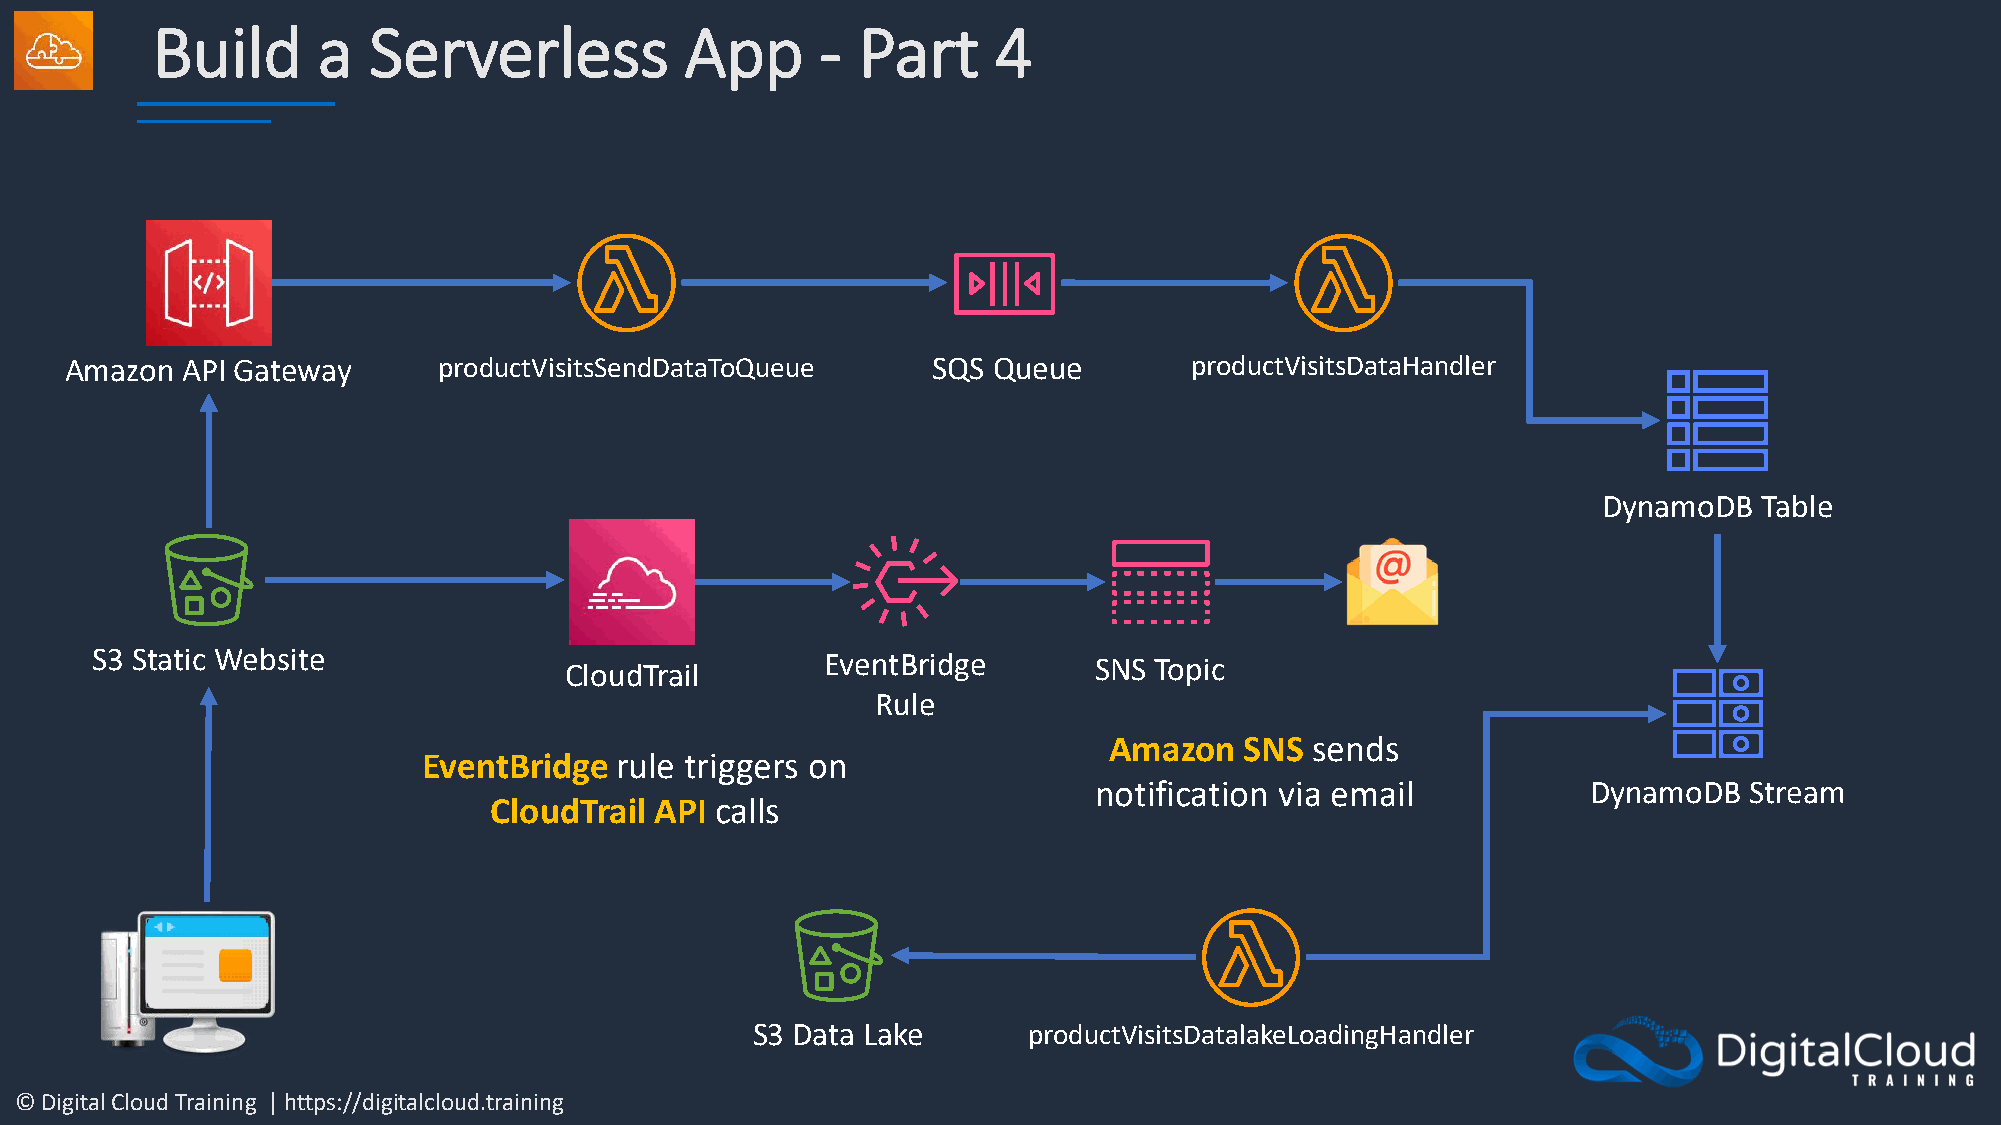
Build      a  Serverless           App      -  Part     4
 Amazon  API Gateway      productVisitsSendDataToQueue     SQS Queue        productVisitsDataHandler
 DynamoDB   Table
 S3 Static Website              CloudTrail        EventBridge      SNS Topic
 Rule
 Amazon   SNS  sends
 EventBridge  rule triggers on
 notification via email           DynamoDB   Stream
 CloudTrail API calls
 S3 Data Lake      productVisitsDatalakeLoadingHandler
 © Digital Cloud Training | https://digitalcloud.training